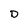
Character: D